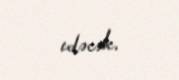
edəcək.